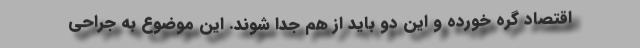
اقتصاد گره خورده و این دو باید از هم جدا شوند. این موضوع به جراحی